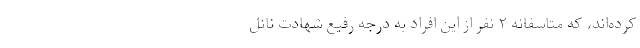
کرده‌اند، که متاسفانه ۲ نفر از این افراد به درجه رفیع شهادت نائل